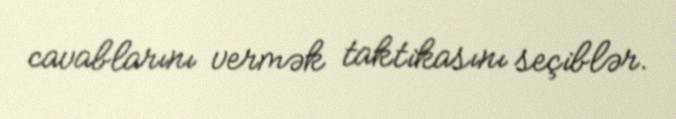
cavablarını vermək taktikasını seçiblər.